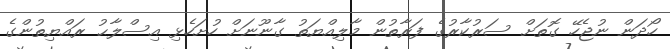
ހޯދަން ނުޖެހޭ ގޮތަށް ސަރުކާރުގެ ފަރާތުން މާލިއްޔަތު ގާނޫނަށް ހުށަހެޅި އިސްލާޙު ރައްޔިތުންގެ